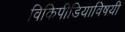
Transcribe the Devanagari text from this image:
विकिपीडियाविषयी